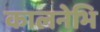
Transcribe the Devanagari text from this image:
कालनेभि